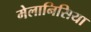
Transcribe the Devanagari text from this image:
मेलानिसिया